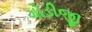
ગોડીજી